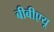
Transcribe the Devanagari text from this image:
बीबीएयू